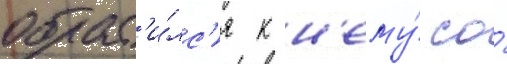
обрат'и́лс'я к н'ему́ со́